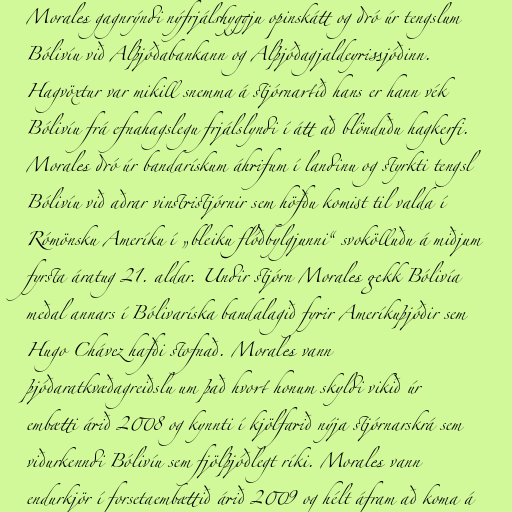
Morales gagnrýndi nýfrjálshyggju opinskátt og dró úr tengslum
Bólivíu við Alþjóðabankann og Alþjóðagjaldeyrissjóðinn.
Hagvöxtur var mikill snemma á stjórnartíð hans er hann vék
Bólivíu frá efnahagslegu frjálslyndi í átt að blönduðu hagkerfi.
Morales dró úr bandarískum áhrifum í landinu og styrkti tengsl
Bólivíu við aðrar vinstristjórnir sem höfðu komist til valda í
Rómönsku Ameríku í „bleiku flóðbylgjunni“ svokölluðu á miðjum
fyrsta áratug 21. aldar. Undir stjórn Morales gekk Bólivía
meðal annars í Bólivaríska bandalagið fyrir Ameríkuþjóðir sem
Hugo Chávez hafði stofnað. Morales vann
þjóðaratkvæðagreiðslu um það hvort honum skyldi vikið úr
embætti árið 2008 og kynnti í kjölfarið nýja stjórnarskrá sem
viðurkenndi Bólivíu sem fjölþjóðlegt ríki. Morales vann
endurkjör í forsetaembættið árið 2009 og hélt áfram að koma á